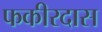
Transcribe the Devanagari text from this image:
फकीरदास